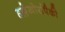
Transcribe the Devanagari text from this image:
हल्लेखोरांपैकी